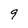
Character: 9